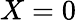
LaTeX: X=0